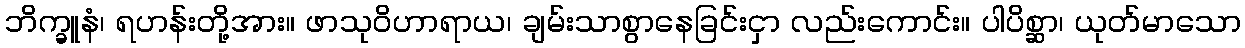
ဘိက္ခူနံ၊ ရဟန်းတို့အား။ ဖာသုဝိဟာရာယ၊ ချမ်းသာစွာနေခြင်းငှာ လည်းကောင်း။ ပါပိစ္ဆာ၊ ယုတ်မာသော